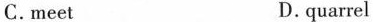
C. meet D. quarrel